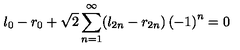
l _ { 0 } - r _ { 0 } + \sqrt { 2 } \sum _ { n = 1 } ^ { \infty } ( l _ { 2 n } - r _ { 2 n } ) \left( - 1 \right) ^ { n } = 0